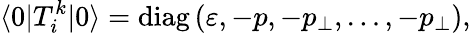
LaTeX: \langle 0|T_{i}^{k}|0\rangle=\mathrm{diag}\left(\varepsilon,-p,-p_{\perp},\ldots,-p_{\perp}\right),